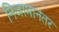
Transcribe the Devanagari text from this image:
निजामानंतर